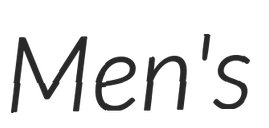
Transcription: Men's